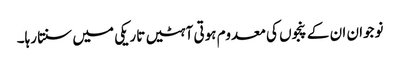
نوجوان ان کے پنجوں کی معدوم ہوتی آہٹیں تاریکی میں سنتا رہا۔